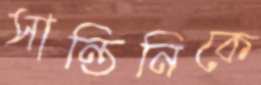
সান্তিনিকে